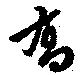
喬